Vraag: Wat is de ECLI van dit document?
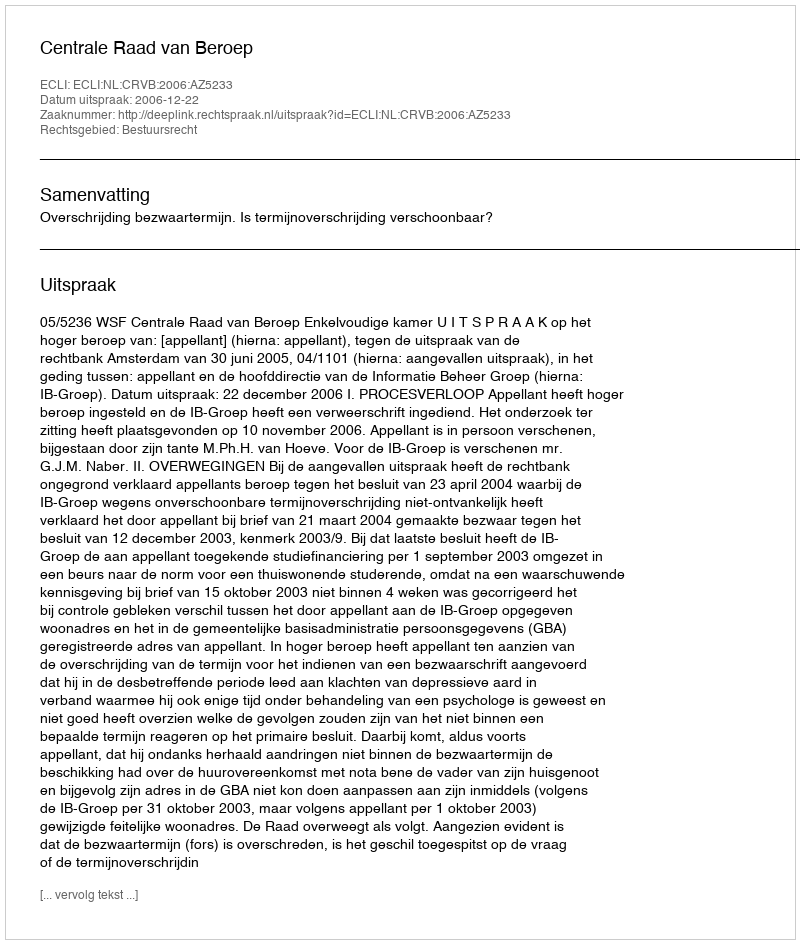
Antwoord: ECLI:NL:CRVB:2006:AZ5233